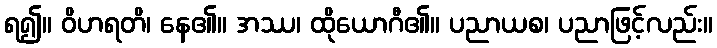
ရ၍။ ဝိဟရတိ၊ နေ၏။ အဿ၊ ထိုယောဂီ၏။ ပညာယစ၊ ပညာဖြင့်လည်း။